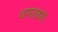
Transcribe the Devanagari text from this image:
धपाधप